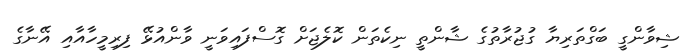
ޝިވާންގީ ބަގްތަރިޔާ ގުޖުރާތުގެ ޝާންތީ ނިކެތަން ކޮލެޖަށް ގޮސްފައިވަނީ ވާންއުޅޭ ފިރިމީހާއާއި އޭނާގެ